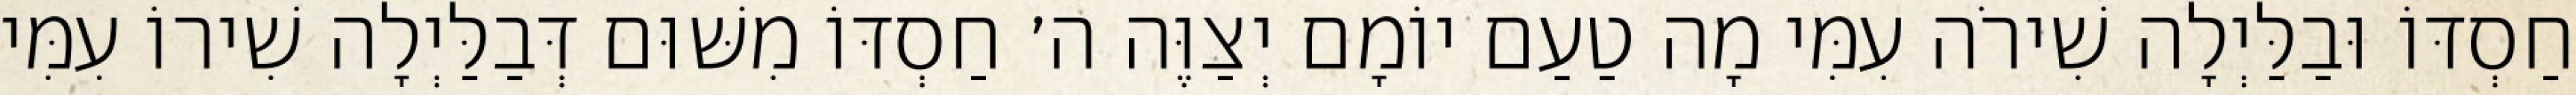
חַסְדּוֹ וּבַלַּיְלָה שִׁירֹה עִמִּי מָה טַעַם יוֹמָם יְצַוֶּה ה׳ חַסְדּוֹ מִשּׁוּם דְּבַלַּיְלָה שִׁירוֹ עִמִּי